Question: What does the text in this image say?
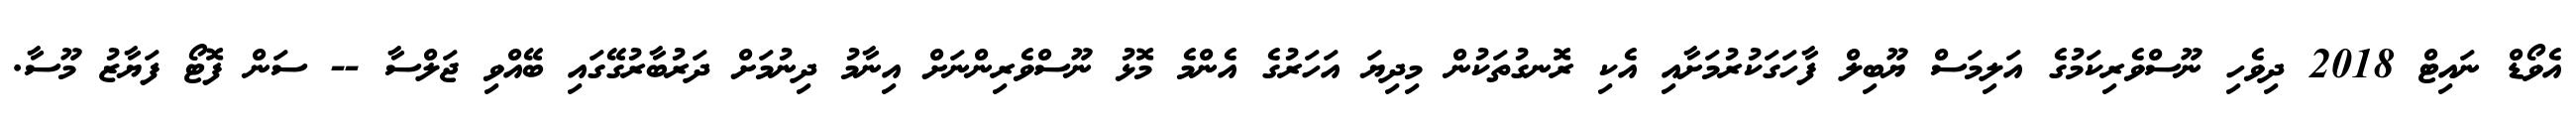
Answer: އެވޯޑް ނައިޓް 2018 ދިވެހި ނޫސްވެރިކަމުގެ އަލިމަސް ޔޫބިލް ފާހަގަކުރުމަށާއި އެކި ރޮނގުތަކުން މިދިޔަ އަހަރުގެ އެންމެ މޮޅު ނޫސްވެރިންނަށް އިނާމު ދިނުމަށް ދަރުބާރުގޭގައި ބޭއްވި ޖަލްސާ -- ސަން ފޮޓޯ ފަޔާޒު މޫސާ.